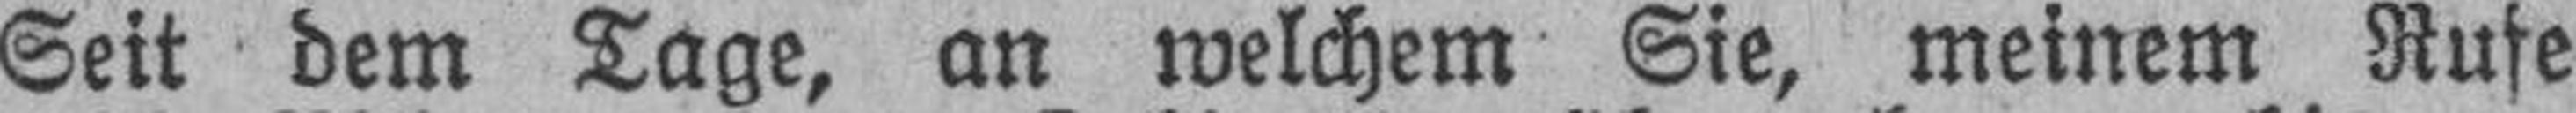
Seit dem Tage, an welchem Sie, meinem Rufe